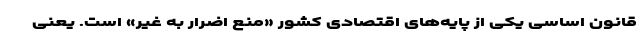
قانون اساسی یکی از پایه‌های اقتصادی کشور «منع اضرار به غیر» است. یعنی